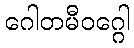
ဂေါတမီဝဂ္ဂေါ